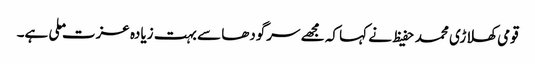
قومی کھلاڑی محمد حفیظ نے کہا کہ مجھے سرگودھا سے بہت زیادہ عزت ملی ہے۔